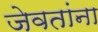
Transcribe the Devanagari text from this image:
जेवतांना